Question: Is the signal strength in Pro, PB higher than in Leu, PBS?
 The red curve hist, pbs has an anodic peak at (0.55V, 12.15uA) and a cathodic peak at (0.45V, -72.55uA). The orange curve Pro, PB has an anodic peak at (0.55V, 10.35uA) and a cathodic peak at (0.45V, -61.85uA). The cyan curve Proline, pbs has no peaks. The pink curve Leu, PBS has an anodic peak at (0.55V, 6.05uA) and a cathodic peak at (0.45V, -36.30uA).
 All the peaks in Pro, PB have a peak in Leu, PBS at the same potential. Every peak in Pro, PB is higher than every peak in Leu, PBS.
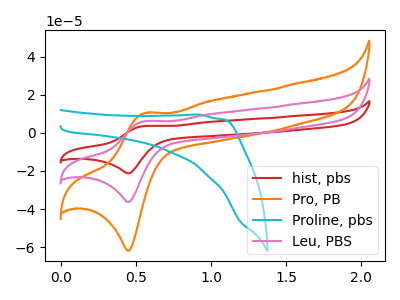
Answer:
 <answer>"Pro, PB" has more signal than "Leu, PBS".</answer>
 <eval>more_signal</eval>